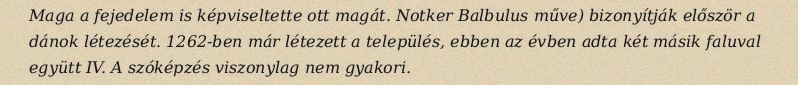
Maga a fejedelem is képviseltette ott magát. Notker Balbulus műve) bizonyítják először a dánok létezését. 1262-ben már létezett a település, ebben az évben adta két másik faluval együtt IV. A szóképzés viszonylag nem gyakori.